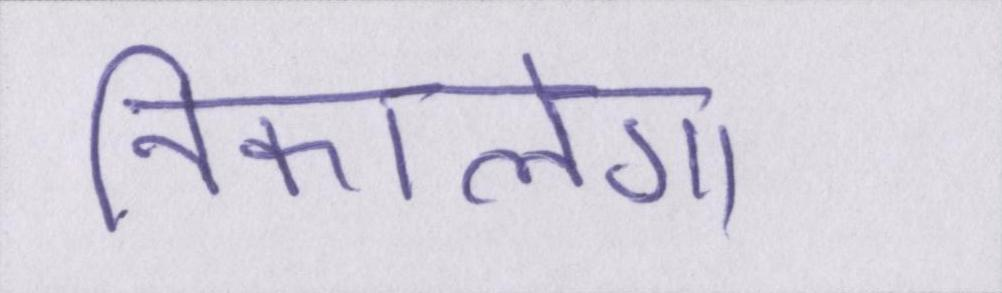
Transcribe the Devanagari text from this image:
निकालेगा